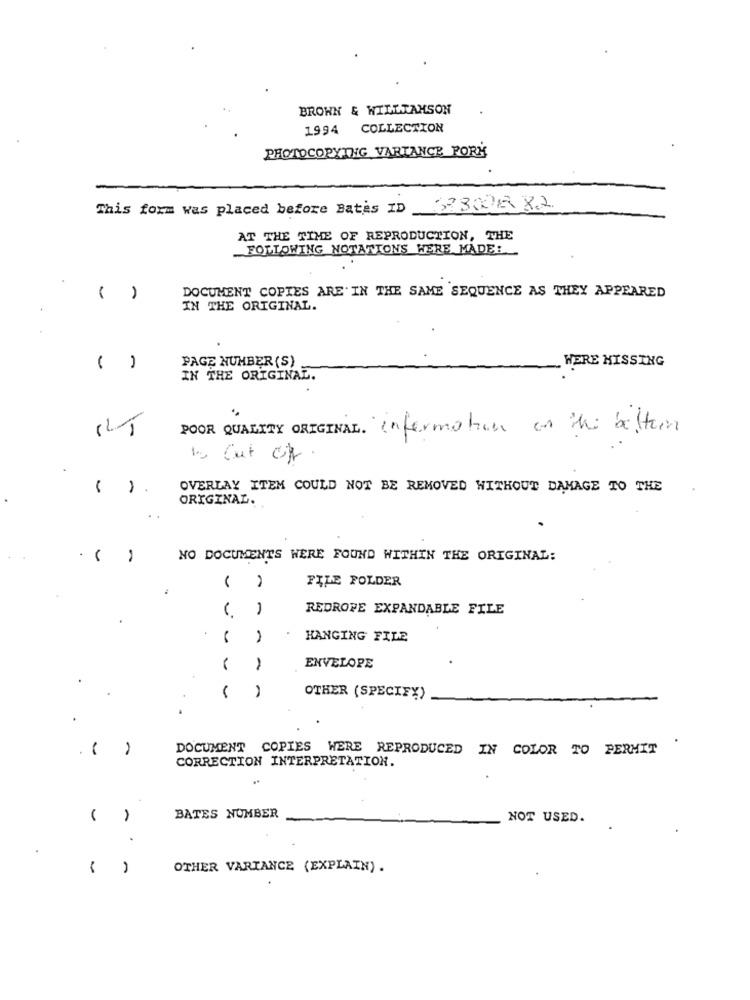
BROWN & WILLTAHSON
1994 COLLECTION
PHOTOCOPYING VARIANCE PORH
This form was placed before Bates ID 37800882
AT THE TIME OF REPRODUCTION, THE
FOLLOWING NOTATIONS WERE MADE:
DOCUMENT COPIES ARE IN THE SAME SEQUENCE AS THEY APPEARED
IN THE ORIGINAL.
PAGE NUMBER (S)
( )
WERE MISSING
IN THE ORIGINAL.
POOR QUALITY ORIGINAL. information on the bitter
to Cut cf.
( )
OVERLAY ITEM COULD NOT BE REMOVED WITHOUT DAMAGE TO THE
ORIGINAL.
. ( )
NO DOCUMENTS WERE FOUND WITHIN THE ORIGINAL:
FILE FOLDER
REDROPE EXPANDABLE FILE
HANGING FILE
-
ENVELOPE
OTHER (SPECIFY)
.(
DOCUMENT COPIES WERE REPRODUCED IN COLOR TO PERMIT
CORRECTION INTERPRETATION.
..
BATES NUMBER
NOT USED.
OTHER VARIANCE (EXPLAIN) .